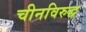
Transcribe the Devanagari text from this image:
चीनविरुद्ध